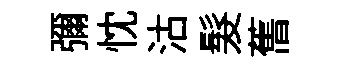
彌忱沽髮𦾔